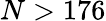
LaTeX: N>176